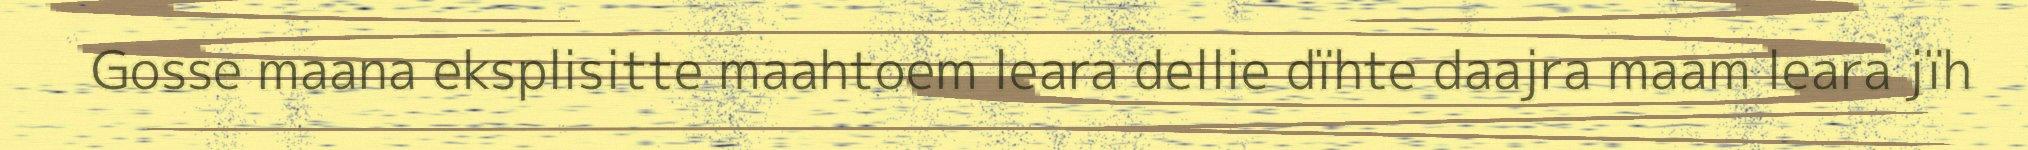
Gosse maana eksplisitte maahtoem leara dellie dïhte daajra maam leara jïh